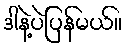
ဒါနဲ့ပဲပြန်မယ်။